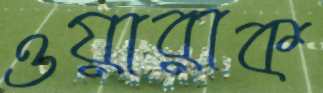
ওয়ারাক